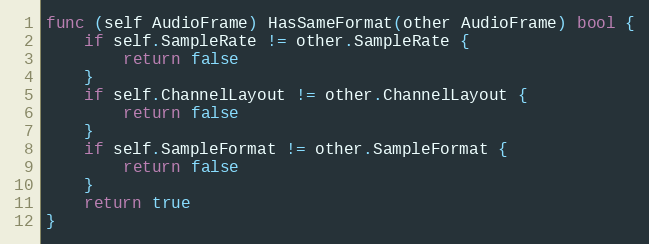
Language: Go
func (self AudioFrame) HasSameFormat(other AudioFrame) bool {
	if self.SampleRate != other.SampleRate {
		return false
	}
	if self.ChannelLayout != other.ChannelLayout {
		return false
	}
	if self.SampleFormat != other.SampleFormat {
		return false
	}
	return true
}